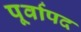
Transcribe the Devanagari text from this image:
पूर्वापद